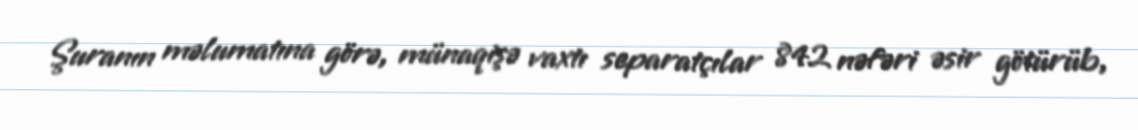
Şuranın məlumatına görə, münaqişə vaxtı separatçılar 842 nəfəri əsir götürüb,